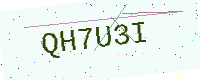
Text: QH7U3I